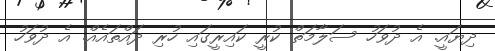
ދިޔައީ. އެ ދުވަހު ސަލާމަތް ކުރީ ކައިރީގައި ހުރި ދައްތައެއް. އެ ދުވަހު